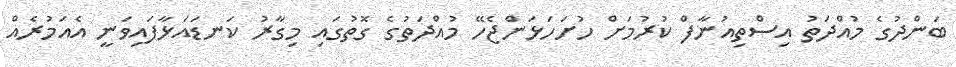
ބަންދުގެ މުއްދަތު އިސްތިއުނާފް ކުރުމަށް ހުށަހަޅަންޖެހޭ މުއްދަތުގެ ގޮތުގައި މިގާރު ކަނޑައަޅާފައިވަނީ އެއަމުރެއް